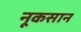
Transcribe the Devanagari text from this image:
नूकसान